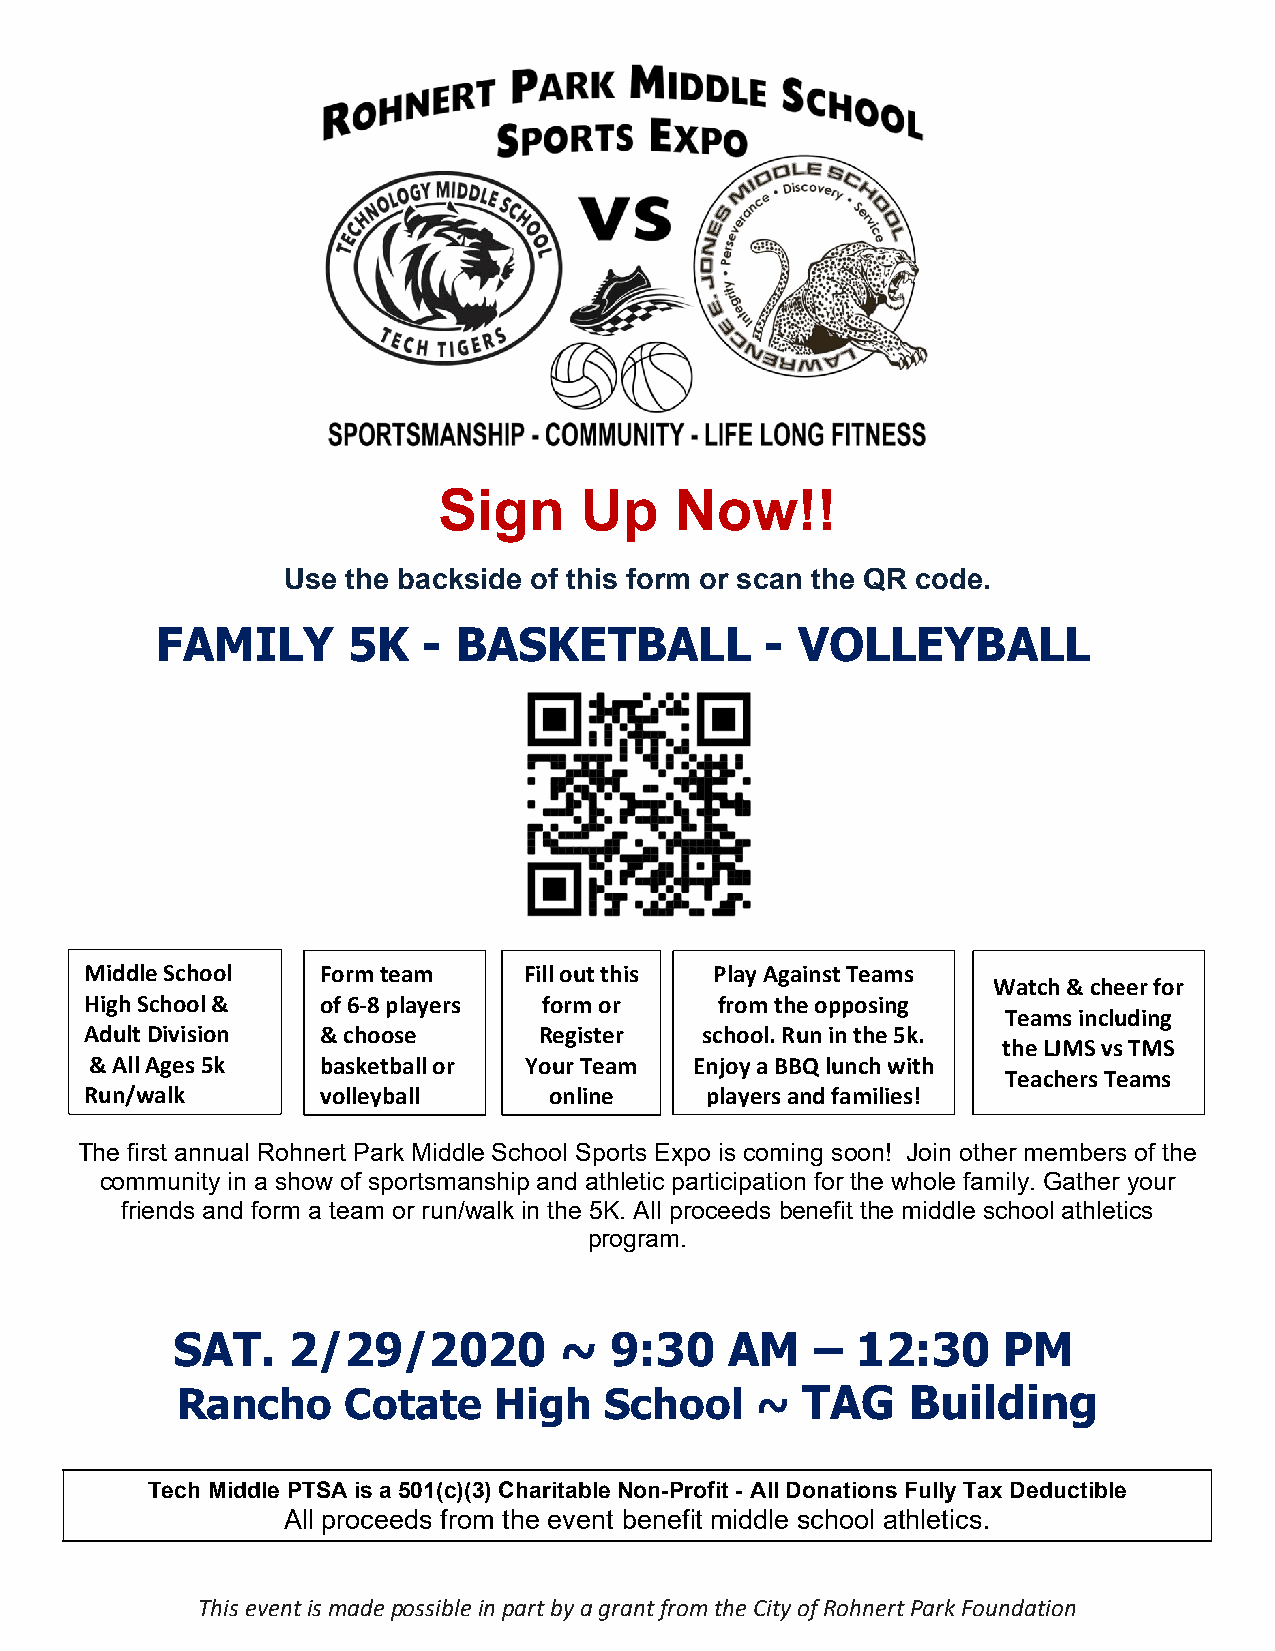
Sign     Up     Now!!
 Use the backside of this form or scan the QR code.
 FAMILY       5K   - BASKETBALL           - VOLLEYBALL
 Middle School  Form team     Fill out this Play Against Teams
 Watch & cheer for
 High School &  of 6‐8 players form or     from the opposing
 Teams including
 Adult Division & choose       Register  school. Run in the 5k.
 the LJMS vs TMS
 & All Ages 5k  basketball or Your Team  Enjoy a BBQ lunch with
 Teachers Teams
 Run/walk       volleyball     online     players and families!
 The first annual Rohnert Park Middle School Sports Expo is coming soon! Join other members of the
 community in a show of sportsmanship and athletic participation for the whole family. Gather your
 friends and form a team or run/walk in the 5K. All proceeds benefit the middle school athletics
 program.
 SAT.    2/29/2020         ~  9:30    AM    –  12:30    PM
 Rancho     Cotate    High   School    ~  TAG    Building
 Tech Middle PTSA is a 501(c)(3) Charitable Non-Profit - All Donations Fully Tax Deductible
 All proceeds from the event benefit middle school athletics.
 This event is made possible in part by a grant from the City of Rohnert Park Foundation